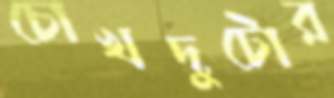
চোখদুটোর